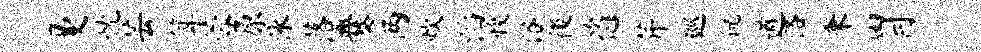
曼忱芸算蓉原泳落爨两炊滔愎浴後恣芹巡倪遒洛秉胃